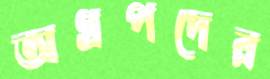
অগ্রপদের